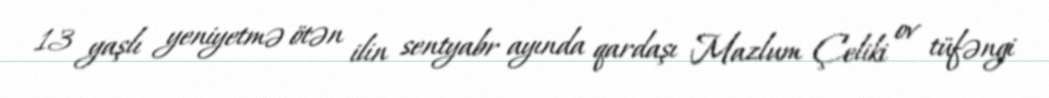
13 yaşlı yeniyetmə ötən ilin sentyabr ayında qardaşı Mazlum Çeliki ov tüfəngi